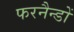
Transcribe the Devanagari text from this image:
फरनैन्डों